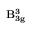
\mathbf { B _ { 3 g } ^ { 3 } }